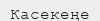
Касекеңе